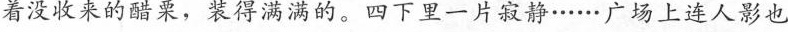
着没收来的醋栗，装得满满的。四下里一片寂静...广场上连人影也